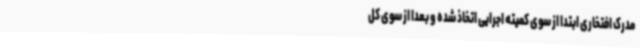
مدرک افتخاری ابتدا از سوی کمیته اجرایی اتخاذ شده و بعدا از سوی کل